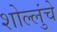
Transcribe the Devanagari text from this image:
शोल्लुंचे